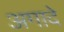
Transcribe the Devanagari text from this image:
अगादे